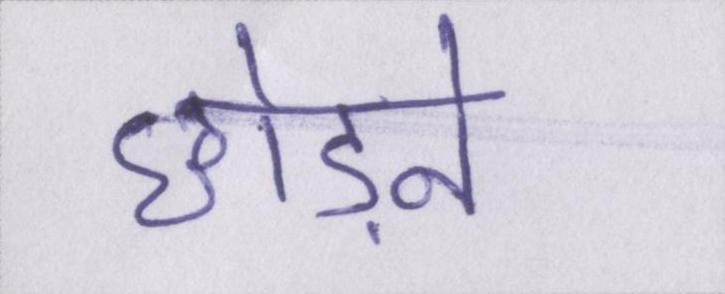
छोड़ने